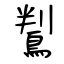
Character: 鵥